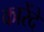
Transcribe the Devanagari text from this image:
कारेंदे